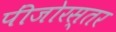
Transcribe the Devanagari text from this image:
पींजोरस्तर